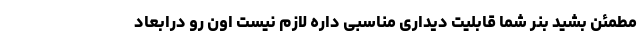
مطمئن بشید بنر شما قابلیت دیداری مناسبی داره لازم نیست اون رو درابعاد